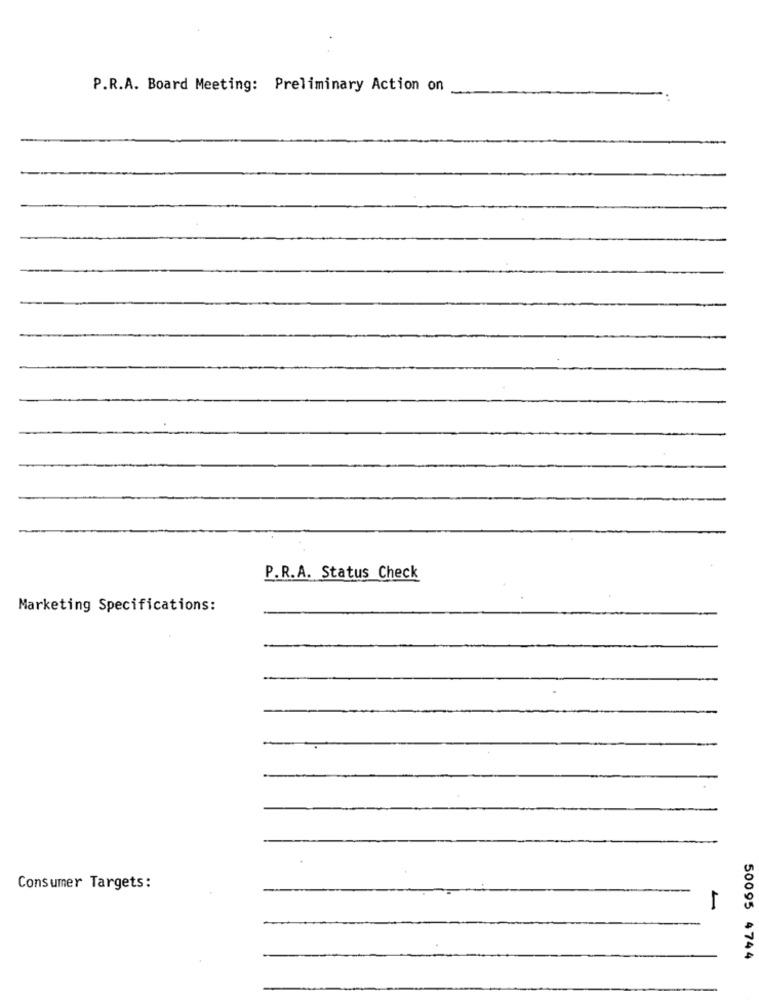
P.R.A. Board Meeting: Preliminary Action on
P.R.A. Status Check
Marketing Specifications:
Consumer Targets:
50095 4744